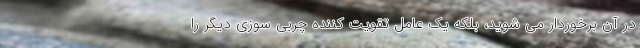
در آن برخوردار می شوید، بلکه یک عامل تقویت کننده چربی سوزی دیگر را